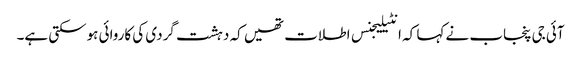
آئی جی پنجاب نے کہا کہ انٹیلیجنس اطلات تھیں کہ دہشت گردی کی کاروائی ہوسکتی ہے۔